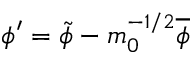
\phi ^ { \prime } = \widetilde { \phi } - m _ { 0 } ^ { - 1 / 2 } \overline { { \phi } }